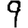
Digit: 9